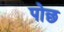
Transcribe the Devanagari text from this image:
पोछ